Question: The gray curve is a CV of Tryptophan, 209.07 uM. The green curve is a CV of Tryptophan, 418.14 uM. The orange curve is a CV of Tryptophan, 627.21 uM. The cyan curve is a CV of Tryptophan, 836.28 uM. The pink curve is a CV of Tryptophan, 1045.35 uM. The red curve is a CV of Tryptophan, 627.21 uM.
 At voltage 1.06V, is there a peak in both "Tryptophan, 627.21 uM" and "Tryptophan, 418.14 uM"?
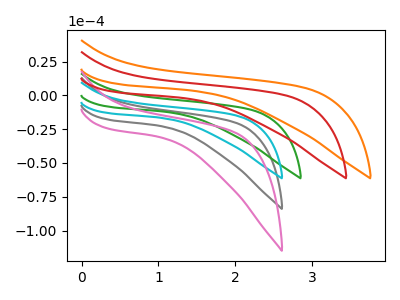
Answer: <think>The gray curve "Tryptophan, 209.07 uM" has no peaks. The green curve "Tryptophan, 418.14 uM" has no peaks. The orange curve "Tryptophan, 627.21 uM" has no peaks. The cyan curve "Tryptophan, 836.28 uM" has no peaks. The pink curve "Tryptophan, 1045.35 uM" has no peaks. The red curve "Tryptophan, 627.21 uM" has no peaks.</think>
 <answer>No, "Tryptophan, 627.21 uM" and "Tryptophan, 418.14 uM" dont share a peak at 1.06V.</answer>
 <eval>mismatch</eval>